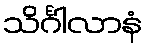
သိင်္ဂါလာနံ